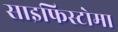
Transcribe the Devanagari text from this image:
साइफिस्टोमा